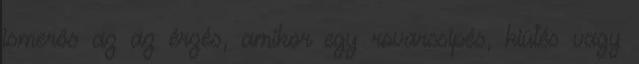
ismerős az az érzés, amikor egy rovarcsípés, kiütés vagy